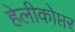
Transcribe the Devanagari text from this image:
हेलीकोप्तर